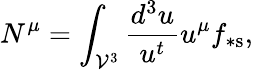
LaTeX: N^{\mu}=\int_{\mathcal{V}^{3}}\frac{d^{3}u}{u^{t}}u^{\mu}f_{\ast\mathrm{s}},